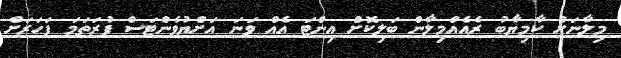
މިލާނަށް ކާމިޔާބު ރެއެއްމިލާން ބަލިކޮށް އިންޓަ އެއް ވަނަ އަށްޔުވެންޓަސް ފުރަތަމަ ފަހަރަށް